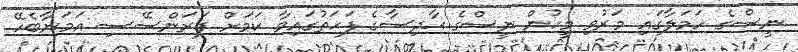
ނީސްގެ ހަމަލާގައި މަރުވި މީހުން ނީސްގެ ޙާދިސާގެ ފަހަތުގައިވާ ކަމަށް ފަރަންސޭސި އަމަނާބެހޭ